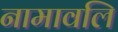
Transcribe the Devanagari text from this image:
नामावलि